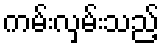
ကမ်းလှမ်းသည့်